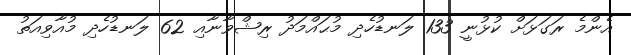
އެންމެ ރަގަޅަށް ކުޅުނީ 133 ލަނޑުހެދި މުޙައްމަދު ރިޝްވާނާއި 62 ލަނޑުހެދި މުއާވިއަތު